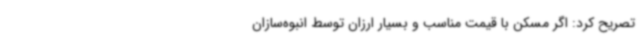
تصریح ‌کرد: اگر مسکن با قیمت مناسب و بسیار ارزان توسط انبوه‌سازان